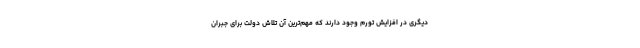
دیگری در افزایش تورم وجود دارند که مهم‌ترین آن تلاش دولت برای جبران